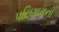
પરિણામની